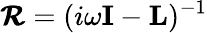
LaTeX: \pmb{\mathcal{R}}=(i\omega\mathbf{I}-\mathbf{L})^{-1}